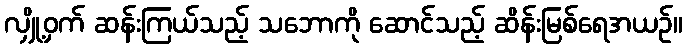
လျှို့ဝှက် ဆန်းကြယ်သည့် သဘောကို ဆောင်သည့် ဆိန်းမြစ်ရေအယဉ်။